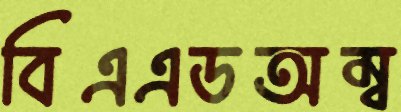
বিএএডঅম্ব